Medical and sanitary report of the native army of Bengal for the year
Year: 1874
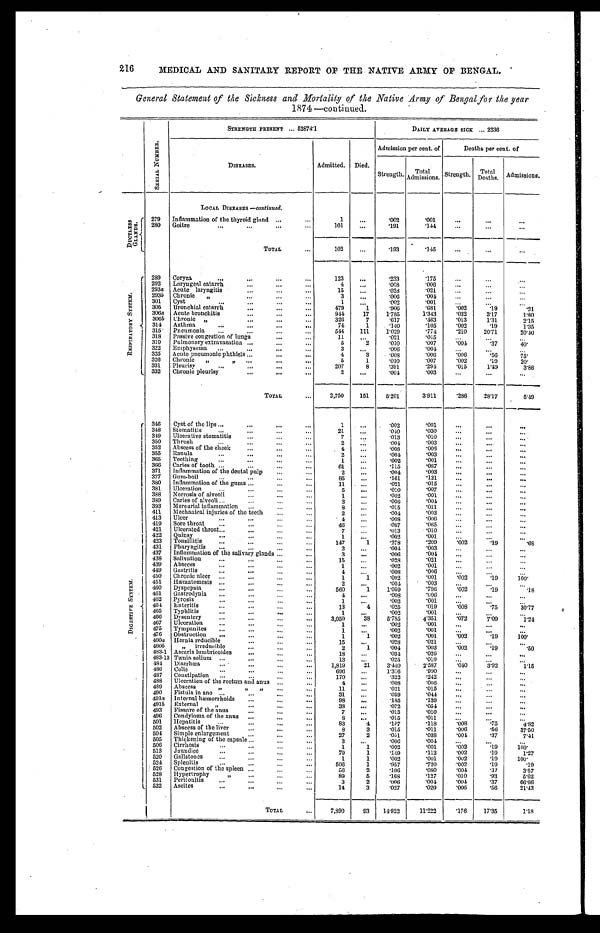
216
MEDICAL AND SANITARY REPORT OF THE NATIVE ARMY OF BENGAL.
General Statement of the Sickness and Mortality of the Native Army of Bengal for the year
1874 —continued.
S E R I A L N U M B E R .
STRENGTH PRESENT . . . 5 2 8 7 4 . 1
DAILY AVERAGE SICK ... 2236
DISEASES.
Admitted. Died.
Admission per cent. of
Deaths per cent. of
Strength.
T o t a l A d m i s s i o n s .
Strength.
T o t a l
Deaths. Admissions.
LOCAL DISEASES —continued.
D U C T L E S S G L A N D S . 279 Inflammation of the thyroid gland
1
. . .
.002
.001
. . .
. . .
. . .
280 Goitre
101
. . .
.191
.144
. . .
. . .
. . .
TOTAL
102
...
.193
.145
. . .
. . .
...
R E S P I R A T O R Y S Y S T E M . 289 Coryza
123
. . .
.233
.175
...
. . .
...
292 Laryngeal catarrh
4
. . .
. 0 0 8
.006
. . .
. . . ...
293a Acute laryngitis
15
. . .
. 028
.021
. . .
. . .
. . .
293b Chronic "
3
...
.006
.004 ...
... ...
301
C y s t
1
. . .
. 0 0 2
.001
...
...
. . .
305 Bronchial catarrh
479
1
.906
.681
. 0 0 2
. 1 9
.21
306a Acute bronchitis
944
17
1. 785
1.343
. 0 3 2 3.17
1.80
306b Chronic "
326
7
.617
.463
.013
1.31
2.15
314 Asthma
7 4
1
. 1 4 0
.105
.002
.19
1.35
315 Pneumonia
544
111
1 . 0 2 9
.774
. 2 1 0 20.71
20.40
318 Passive congestion of lungs
11
...
.021
.015
. . . '
. . .
. . .
319 Pulmonary extravasation
5
2
. 010
.007
. 0 0 4
. 3 7
40.
322 Emphysema
3
. . . .006
.004
...
...
. . .
325 Acute pneumonic phthisis
4
3 .008
.006
. 0 0 6
.56
7 5 .
326 Chronic " "
5
1
.010
. 0 0 7
.002
.19 20.
331 Pleurisy
207
8
.391
.294
. 0 1 5 1.49
3.86
332 Chronic pleurisy
2
. . . . 004
.003
...
...
. . .
TOTAL
2,750
151
5.201
3.911
. 2 8 6 28.17 5.49
D I G E S T I V E S Y S T E M .
346 Cyst of the lips
1
. . .
.002
.001
. . .
. . .
. . .
348 Stomatitis
21
...
.040
.030
. . .
. . .
. . .
349 Ulcerative stomatitis
7
. . .
.013
.010
...
...
. . .
350 Thrush
2
. . .
.004
.003
. . .
. . .
. . .
352 Abscess of the cheek
4
...
.008
.006
. . .
. . .
. . .
355 Ranula
2
. . .
.004
.003
...
...
. . .
365 Teething
1
...
.002
.001
. . .
. . . ...
366 Caries of tooth
61
. . .
.115
. 0 8 7
. . .
. . .
. . .
371 Inflammation of the dental pulp
2
. . .
.004
. 0 0 3
. . .
. . . ...
377 Gum-boil
85
. . .
. 1 6 1
. 1 2 1
...
. . .
. . .
380 Inflammation of the gums
11
. . .
.021
.015
. . .
. . .
. . .
381 Ulceration
5
...
.010
007
. . .
. . .
. . .
388 Necrosis of alveoli
1
. . .
. 0 0 2
. 0 0 1
...
... ...
389 Caries of alveoli
3
. . .
. 0 0 6
. 0 0 4
. . .
. . .
. . .
393 Mercurial inflammation
8
. . .
.015
. 0 1 1
. . .
. . .
. . .
411 Mechanical injuries of the teeth
2
. . .
.004
.003
...
... ...
413 Ulcer
4
. . .
.008
.006
. . .
. . .
. . .
419 Sore throat
46
. . .
.087
. 0 6 5
. . . ...
. . .
421 Ulcerated throat
7
. . .
.013
.010
. . .
. . . ...
422 Quinsy
1
. . .
.002
.001
. . .
. . .
. . .
423 Tonsillitis
147
1
.278
.209
. 0 0 2 .19
.68
431 Pharyngitis
2
. . .
.004
. 0 0 3
. . .
. . .
. . .
437 Inflammation of the salivary glands
3
. . .
.006
.004
. . .
. . .
. . .
438 Salivation
15
. . .
.028
.021
...
. . . ...
439 Abscess
1
. . .
.002
.001
. . . ...
. . .
449 Gastritis
4
. . .
.008
.006
. . . . . .
. . .
450 Chronic ulcer
1
1
. 0 0 2
.001
. 0 0 2 .19 100.
451 Hæmatemesis
2
...
.004
.003
. . .
. . .
. . .
460 Dyspepsia
560
1
1.059
.796
. 0 0 2 .19
.18
461 Gastrodynia
4
. . .
.008
. 0 0 6
. . .
. . .
. . .
462 Pyrosis
1
. . .
. 0 0 2
. 0 0 1
...
...
...
464 Enteritis
13
4
.025
.019
. 0 0 8 .75
30.77
465 Typhlitis
1
. . .
.002
.001
...
. . .
. . .
466 Dysentery
3,059
38
5.785
4.351
. 0 7 2 7.09
1.24
467 Ulceration
1
. . .
.002
.001
...
. . .
. . .
475 Tympanites
1
. . .
.002
.001
. . . ...
...
476 Obstruction
1
1
.002
.001
. 0 0 2 .19
100.
480a Hernia reducible
15
. . .
. 0 2 8
.021
. . .
. . .
. . .
480b
" irreducible
2
1
.004
.003
. 0 0 2 .19
.50
483-1 Ascaris lumbricoides
18
. . .
.034
. 0 2 6
. . .
. . .
. . .
483-13
T æ n i a s o l i u m
13
. . .
.025
.019
. . . ... ...
484 Diarrhœa
1,819
2 1
3.440
2.587
. 0 4 03.92
1.15
486 Colic
696
. . .
1.316
.990
. . .
. . .
. . .
487 Constipation
170
. . .
.322
.242
. . . ...
. . .
488 Ulceration of the rectum and anus
4
. . .
.008
. 0 0 6
. . .
. . .
. . .
489 Abscess " " "
11
...
.021
.015
. . .
. . .
...
490 Fistula in ano
31
...
.059
.044
. . .
. . .
. . .
491a Internal hæmorrhoids
98
. . .
.185
. 1 3 9
...
...
. . .
491b External "
38
. . .
.072
.054
. . .
. . .
...
493 Fissure of the anus
7
. . .
.013
. 0 1 0
...
...
. . .
496 Condyloma of the anus
8
. . .
.015
.011
. . .
. . .
. . .
501 Hepatitis
83
4
.157
. 1 1 8
.008
. 7 5
4.82
502 Abscess of the liver
8
3
.015
.011
. 0 0 6.56
37.50
504 Si mpl e enl ar gement
27
2
.051
.038
. 0 0 4 .37
7.41
505 Thickening of the capsule
3
. . .
.006
.004
. . .
...
. . .
506 Cirrhosis
1
1
.002
.001
.002
. 1 9
100.
513 Jaundice
79
1
. 1 4 9
.112
. 0 0 2.19
1 . 2 7
520 Gallstones
1
1
.002
.001
. 0 0 2 .19
100.
524 Splenitis
506
1
.957
.720
. 0 0 2 .19
.19
526 Congestion of the spleen
56
2
.106
.080
. 0 0 4 .37
3.57
528 Hypertrophy "
89
5
. 1 6 8
.127
. 0 1 0 .93
5.62
531 Peritonitis
3
2
.006
.004
. 0 0 4 .37
66.66
532 Ascites
14
3
. 0 2 7
.020
. 0 0 6 .56
21.43
TOTAL
7,890
93 14.922
11.222
. 1 7 6
17.35
1.18